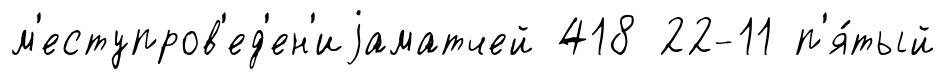
м'еступров'ед'ен'иjаматчей 418 22-11 п'я́тый